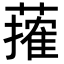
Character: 𦾣